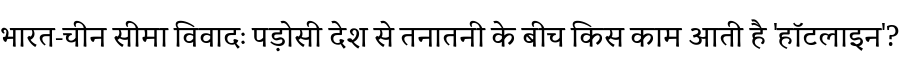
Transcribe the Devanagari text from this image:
भारत-चीन सीमा विवादः पड़ोसी देश से तनातनी के बीच किस काम आती है 'हॉटलाइन'?